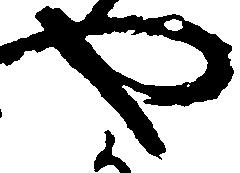
や